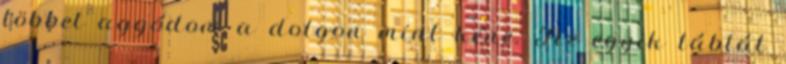
többet aggódom a dolgon mint kéne. Az egyik táblát